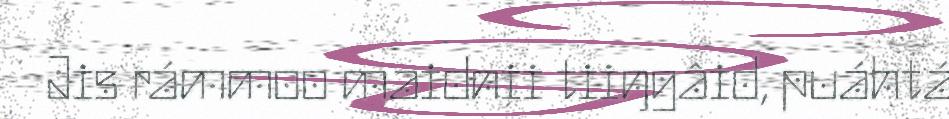
Jis rámmoo maidnii tiiŋgâid, puáhtá